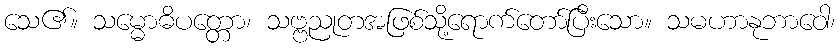
သေ၏။ သမ္မောဓိပတ္တော၊ သဗ္ဗညုတအဖြစ်သို့ရောက်တော်ပြီးသော။ သမဟာနုဘာဝေါ၊